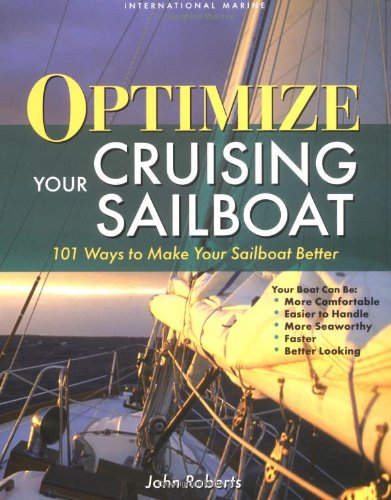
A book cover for Optimize Your Cruising Sailboat : 101 Ways to Make Your Sailboat Better; John Roberts; Science & Math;